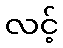
လင့်